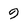
Character: 9